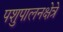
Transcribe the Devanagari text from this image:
पशुपालनक्षेत्रे